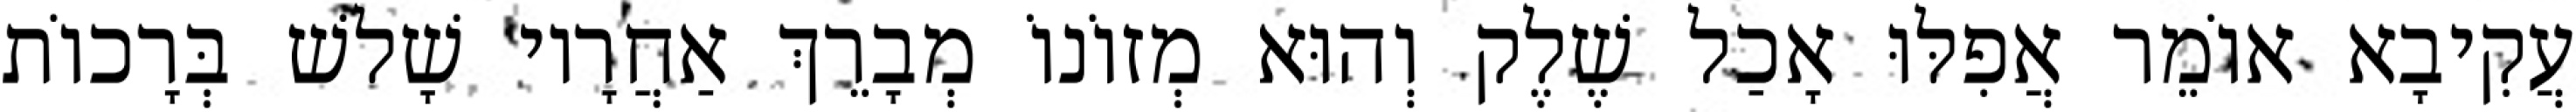
עֲקִיבָא אוֹמֵר אֲפִלּוּ אָכַל שֶׁלֶק וְהוּא מְזוֹנוֹ מְבָרֵךְ אַחֲרָיו שָׁלשׁ בְּרָכוֹת